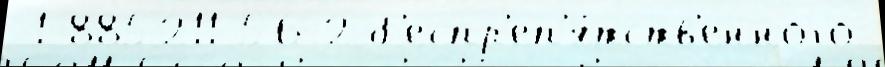
 1-885211-56-2 б'еспр'еп'я́тств'енного